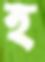
হ